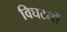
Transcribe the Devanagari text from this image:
विघटनों